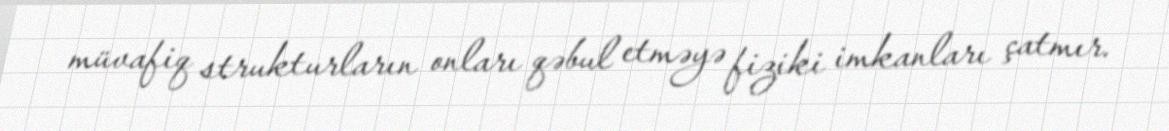
müvafiq strukturların onları qəbul etməyə fiziki imkanları çatmır.